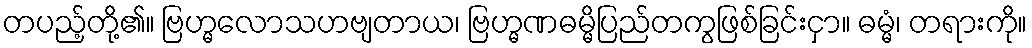
တပည့်တို့၏။ ဗြဟ္မလောသဟဗျတာယ၊ ဗြဟ္မဏဓမ္မိပြည်တကွဖြစ်ခြင်းငှာ။ ဓမ္မံ၊ တရားကို။